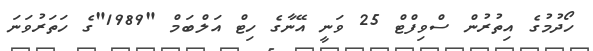
ހޯދުމުގެ އިތުރުން ސްވިފްޓް 25 ވަނީ އޭނާގެ ހިޓް އަލްބަމް "1989"ގެ ހަތަރުވަނަ